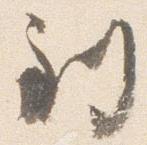
到